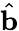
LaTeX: \hat{\mathbf{b}}